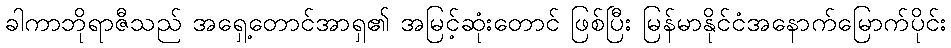
ခါကာဘိုရာဇီသည် အရှေ့တောင်အာရှ၏ အမြင့်ဆုံးတောင် ဖြစ်ပြီး မြန်မာနိုင်ငံအနောက်မြောက်ပိုင်း